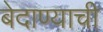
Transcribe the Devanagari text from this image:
बेदाण्याची